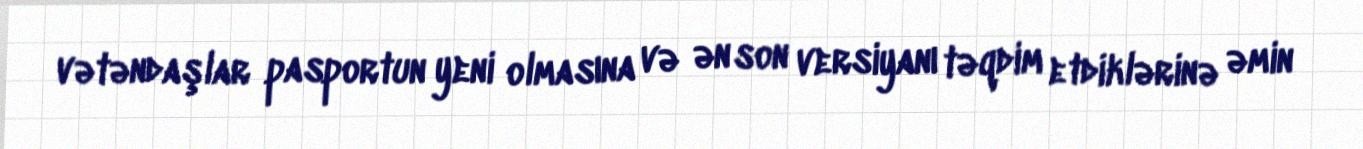
vətəndaşlar pasportun yeni olmasına və ən son versiyanı təqdim etdiklərinə əmin